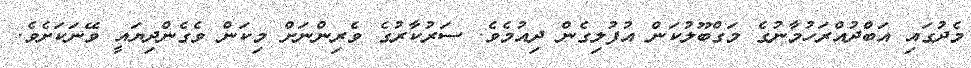
މެދުގައި އަބްދުއްރަހުމާނުގެ މަގްބޫލުކަން އުފުލިގެން ދިއުމެވެ. ސަރުކާރުގެ ވެރިންނަށް މިކަން ވެގެންދިޔައީ ވޭނަކަށެވެ.